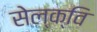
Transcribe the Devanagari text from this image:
सेल्क्वि